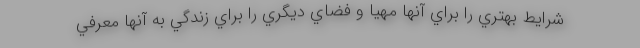
شرايط بهتري را براي آنها مهيا و فضاي ديگري را براي زندگي به آنها معرفي